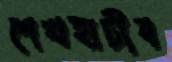
শেখহাটীব